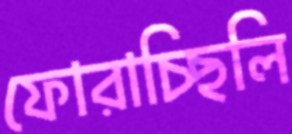
ফোরাচ্ছিলি